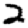
Digit: 2